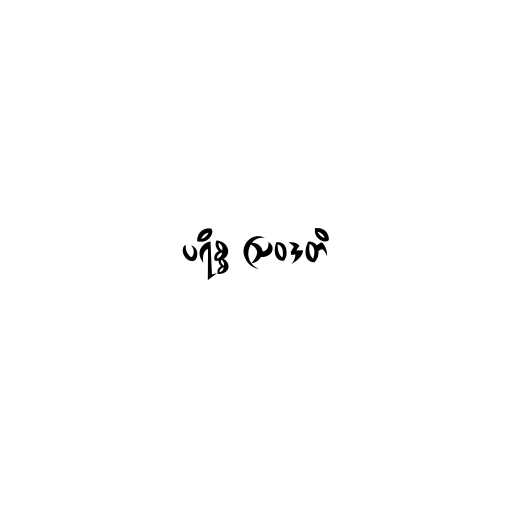
ပရိစ္စ ဩဝဒတိ